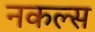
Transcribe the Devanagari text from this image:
नकल्स